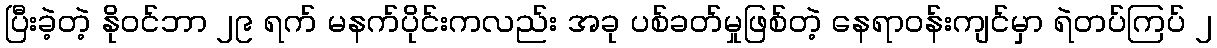
ပြီးခဲ့တဲ့ နိုဝင်ဘာ ၂၉ ရက် မနက်ပိုင်းကလည်း အခု ပစ်ခတ်မှုဖြစ်တဲ့ နေရာဝန်းကျင်မှာ ရဲတပ်ကြပ် ၂